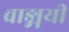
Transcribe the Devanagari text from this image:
वाङ्मयी